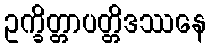
ဥက္ခိတ္တာပတ္တိဒဿနေ